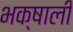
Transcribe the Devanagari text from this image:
भक्षाली